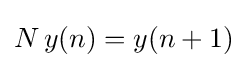
{\textstyle N\,y(n)=y(n+1)}